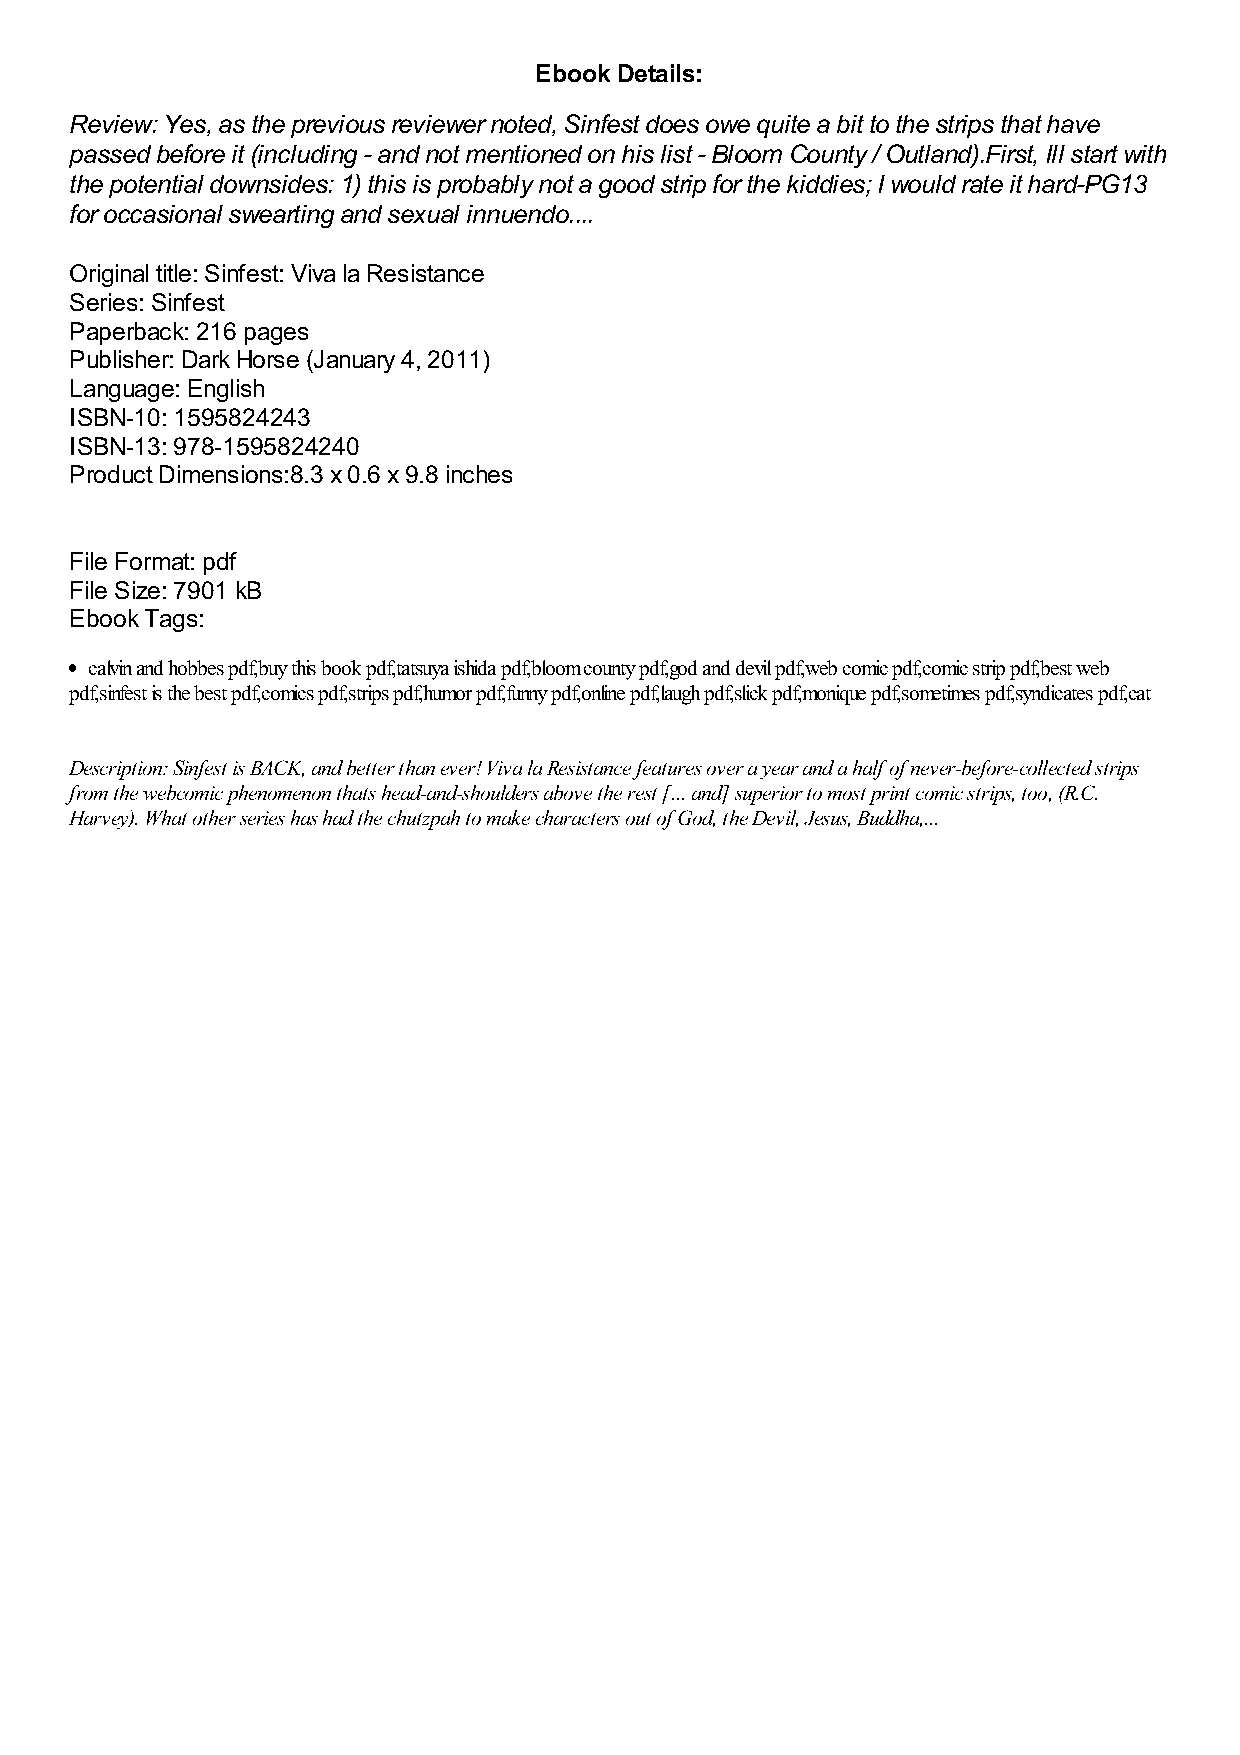
Ebook Details:
 Review: Yes, as the previous reviewer noted, Sinfest does owe quite a bit to the strips that have
 passed before it (including - and not mentioned on his list - Bloom County / Outland).First, Ill start with
 the potential downsides: 1) this is probably not a good strip for the kiddies; I would rate it hard-PG13
 for occasional swearting and sexual innuendo....
 Original title: Sinfest: Viva la Resistance
 Series: Sinfest
 Paperback: 216 pages
 Publisher: Dark Horse (January 4, 2011)
 Language: English
 ISBN-10: 1595824243
 ISBN-13: 978-1595824240
 Product Dimensions:8.3 x 0.6 x 9.8 inches
 File Format: pdf
 File Size: 7901 kB
 Ebook Tags:
 calvin and hobbes pdf,buy this book pdf,tatsuya ishida pdf,bloom county pdf,god and devil pdf,web comic pdf,comic strip pdf,best web
 pdf,sinfest is the best pdf,comics pdf,strips pdf,humor pdf,funny pdf,online pdf,laugh pdf,slick pdf,monique pdf,sometimes pdf,syndicates pdf,cat
 Description: Sinfest is BACK, and better than ever! Viva la Resistance features over a year and a half of never-before-collected strips
 from the webcomic phenomenon thats head-and-shoulders above the rest [... and] superior to most print comic strips, too, (R.C.
 Harvey). What other series has had the chutzpah to make characters out of God, the Devil, Jesus, Buddha,...